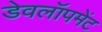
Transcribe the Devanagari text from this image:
डेवलॉपमेंट